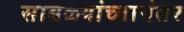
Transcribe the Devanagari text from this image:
साबळ्यांच्यानंतर